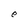
Character: e